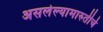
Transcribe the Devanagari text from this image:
असलेल्यामारुतीचे